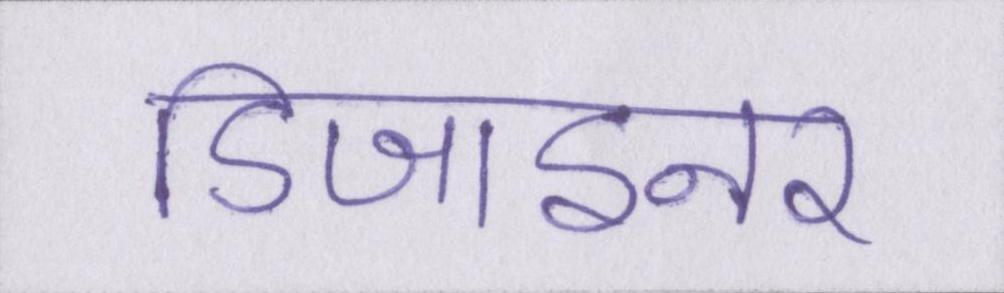
डिजाइनर